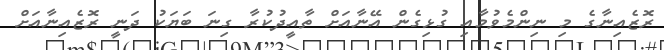
ރޮޒެއިނާގެ މި ނިންމެވުމާއި ގުޅިގެން އޭނާއަށް ތާއީދުކުރާ ގިނަ ބަޔަކު ދަނީ ރޮޒެއިނާއަށް